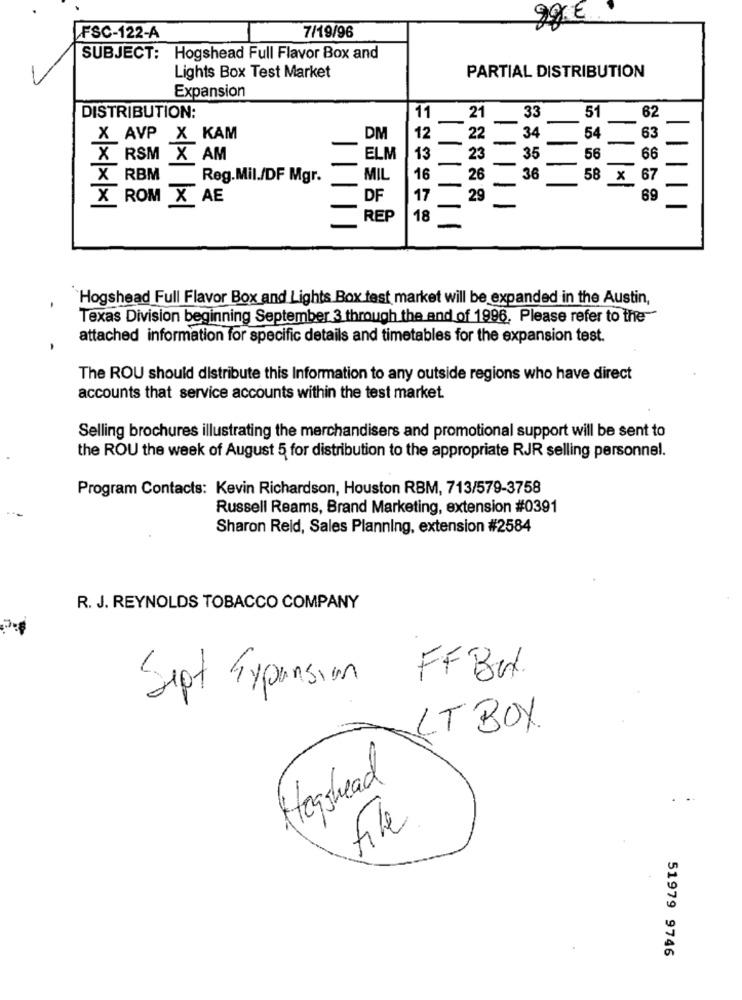
FSC-122-A
7/19/96
SUBJECT: Hogshead Full Flavor Box and
Lights Box Test Market
PARTIAL DISTRIBUTION
Expansion
DISTRIBUTION:
11
21
-
33
51
62
12
34
-
63
X AVP X KAM
DM
22
54
-
35
X RSM X AM
ELM
13
23
56
66
-
X RBM Reg.Mil./DF Mgr.
MIL
16
26
36
58
x
67
X ROM X AE
DF
17
29
69
REP
18
'Hogshead Full Flavor Box and Lights Box test market will be expanded in the Austin,
Texas Division beginning September 3 through the end of 1996. Please refer to the
attached information for specific details and timetables for the expansion test.
The ROU should distribute this Information to any outside regions who have direct
accounts that service accounts within the test market.
Selling brochures illustrating the merchandisers and promotional support will be sent to
the ROU the week of August 5 for distribution to the appropriate RJR selling personnel.
Program Contacts: Kevin Richardson, Houston RBM, 713/579-3758
Russell Reams, Brand Marketing, extension #0391
Sharon Reid, Sales Planning, extension #2584
R. J. REYNOLDS TOBACCO COMPANY
Sept Expansion FFBN.
LT BOX.
Hogyhead
file
51979 9746